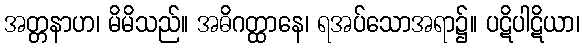
အတ္တနာဟ၊ မိမိသည်။ အဓိဂတ္ထာနေ၊ ရအပ်သောအရာ၌။ ပဋိပါဋိယာ၊